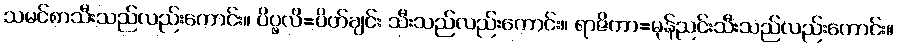
သမင်စာသီးသည်လည်းကောင်း။ ပိပ္ဖလိ=ပိတ်ချင်း သီးသည်လည်းကောင်း။ ရာဇိကာ=မုန်ညင်းသီးသည်လည်းကောင်း။